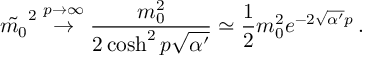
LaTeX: \tilde { m _ { 0 } } ^ { 2 } \stackrel { p \to \infty } { \rightarrow } \frac { m _ { 0 } ^ { 2 } } { 2 \cosh ^ { 2 } p \sqrt { \alpha ^ { \prime } } } \simeq \frac { 1 } { 2 } m _ { 0 } ^ { 2 } e ^ { - 2 \sqrt { \alpha ^ { \prime } } p } \, .